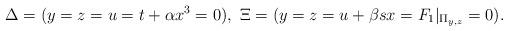
LaTeX: \begin{align*}\Delta = (y = z = u = t + \alpha x^3 = 0), \ \Xi = (y = z = u + \beta s x = F_1|_{\Pi_{y,z}} = 0).\end{align*}